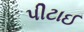
પીટાઈ